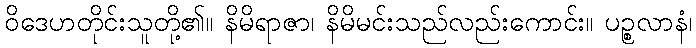
ဝိဒေဟတိုင်းသူတို့၏။ နိမိရာဇာ၊ နိမိမင်းသည်လည်းကောင်း။ ပဉ္စလာနံ၊